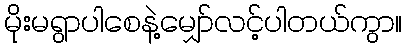
မိုးမရွာပါစေနဲ့မျှော်လင့်ပါတယ်ကွာ။